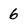
Character: 6